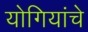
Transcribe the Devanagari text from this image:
योगियांचे